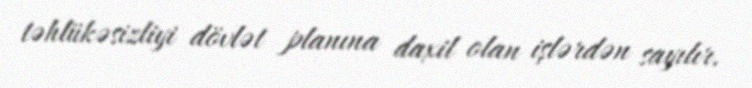
təhlükəsizliyi dövlət planına daxil olan işlərdən sayılır.